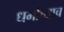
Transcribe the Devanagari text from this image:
धर्माच्याच